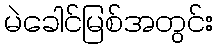
မဲခေါင်မြစ်အတွင်း